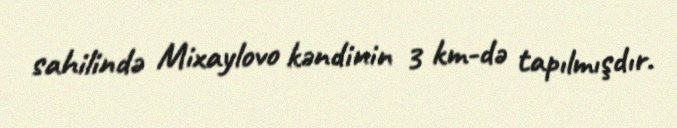
sahilində Mixaylovo kəndinin 3 km-də tapılmışdır.